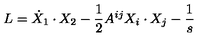
L = \dot { X } _ { 1 } \cdot X _ { 2 } - \frac { 1 } { 2 } A ^ { i j } X _ { i } \cdot X _ { j } - \frac { 1 } { s }